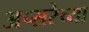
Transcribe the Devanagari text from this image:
अप्सरेच्या